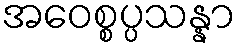
အဝေစ္စပ္ပသန္နာ